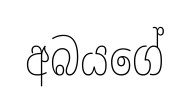
අබයගේ